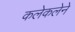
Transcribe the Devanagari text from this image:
कलेकलेने